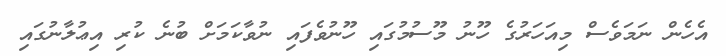
އެހެން ނަމަވެސް މިއަހަރުގެ ހޫނު މޫސުމުގައި ހޫނުވެފައި ނުވާކަމަށް ބުނެ ކުރި އިޢުލާނުގައި